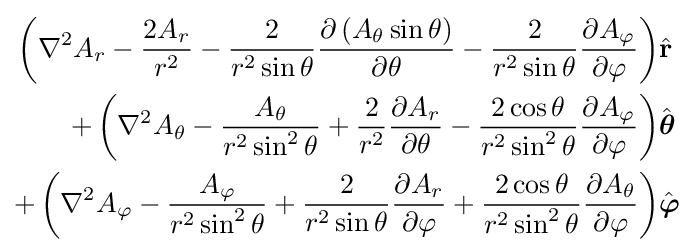
{\begin{aligned}\left(\nabla ^{2}A_{r}-{\frac {2A_{r}}{r^{2}}}-{\frac {2}{r^{2}\sin \theta }}{\frac {\partial \left(A_{\theta }\sin \theta \right)}{\partial \theta }}-{\frac {2}{r^{2}\sin \theta }}{\frac {\partial A_{\varphi }}{\partial \varphi }}\right)&{\hat {\mathbf {r} }}\\+\left(\nabla ^{2}A_{\theta }-{\frac {A_{\theta }}{r^{2}\sin ^{2}\theta }}+{\frac {2}{r^{2}}}{\frac {\partial A_{r}}{\partial \theta }}-{\frac {2\cos \theta }{r^{2}\sin ^{2}\theta }}{\frac {\partial A_{\varphi }}{\partial \varphi }}\right)&{\hat {\boldsymbol {\theta }}}\\+\left(\nabla ^{2}A_{\varphi }-{\frac {A_{\varphi }}{r^{2}\sin ^{2}\theta }}+{\frac {2}{r^{2}\sin \theta }}{\frac {\partial A_{r}}{\partial \varphi }}+{\frac {2\cos \theta }{r^{2}\sin ^{2}\theta }}{\frac {\partial A_{\theta }}{\partial \varphi }}\right)&{\hat {\boldsymbol {\varphi }}}\end{aligned}}